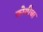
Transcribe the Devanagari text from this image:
कोयीचा